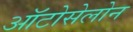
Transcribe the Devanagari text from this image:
ऑटोसेलोन